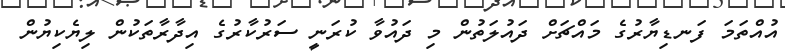
އުއްތަމަ ފަނޑިޔާރުގެ މައްޗަށް ދައުލަތުން މި ދައުވާ ކުރަނީ ސަރުކާރުގެ އިދާރާތަކުން ލިޔެކިޔުން